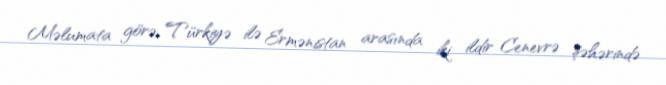
Məlumata görə, Türkiyə ilə Ermənistan arasında iki ildir Cenevrə şəhərində